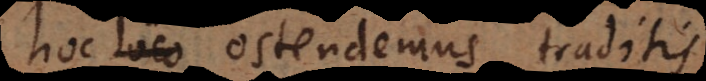
hoc libro ostendemus, traditis